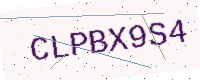
Text: CLPBX9S4